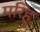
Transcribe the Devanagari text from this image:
मरिहू